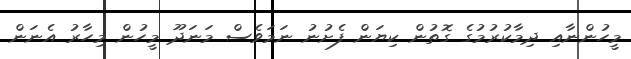
މީހުންނާއި ދިމާކުރުމުގެ ގޮތުން ކިޔަން ފެށުނު ނަމަވެސް މަނަދޫ މީހުން މިހާރު އެނަން